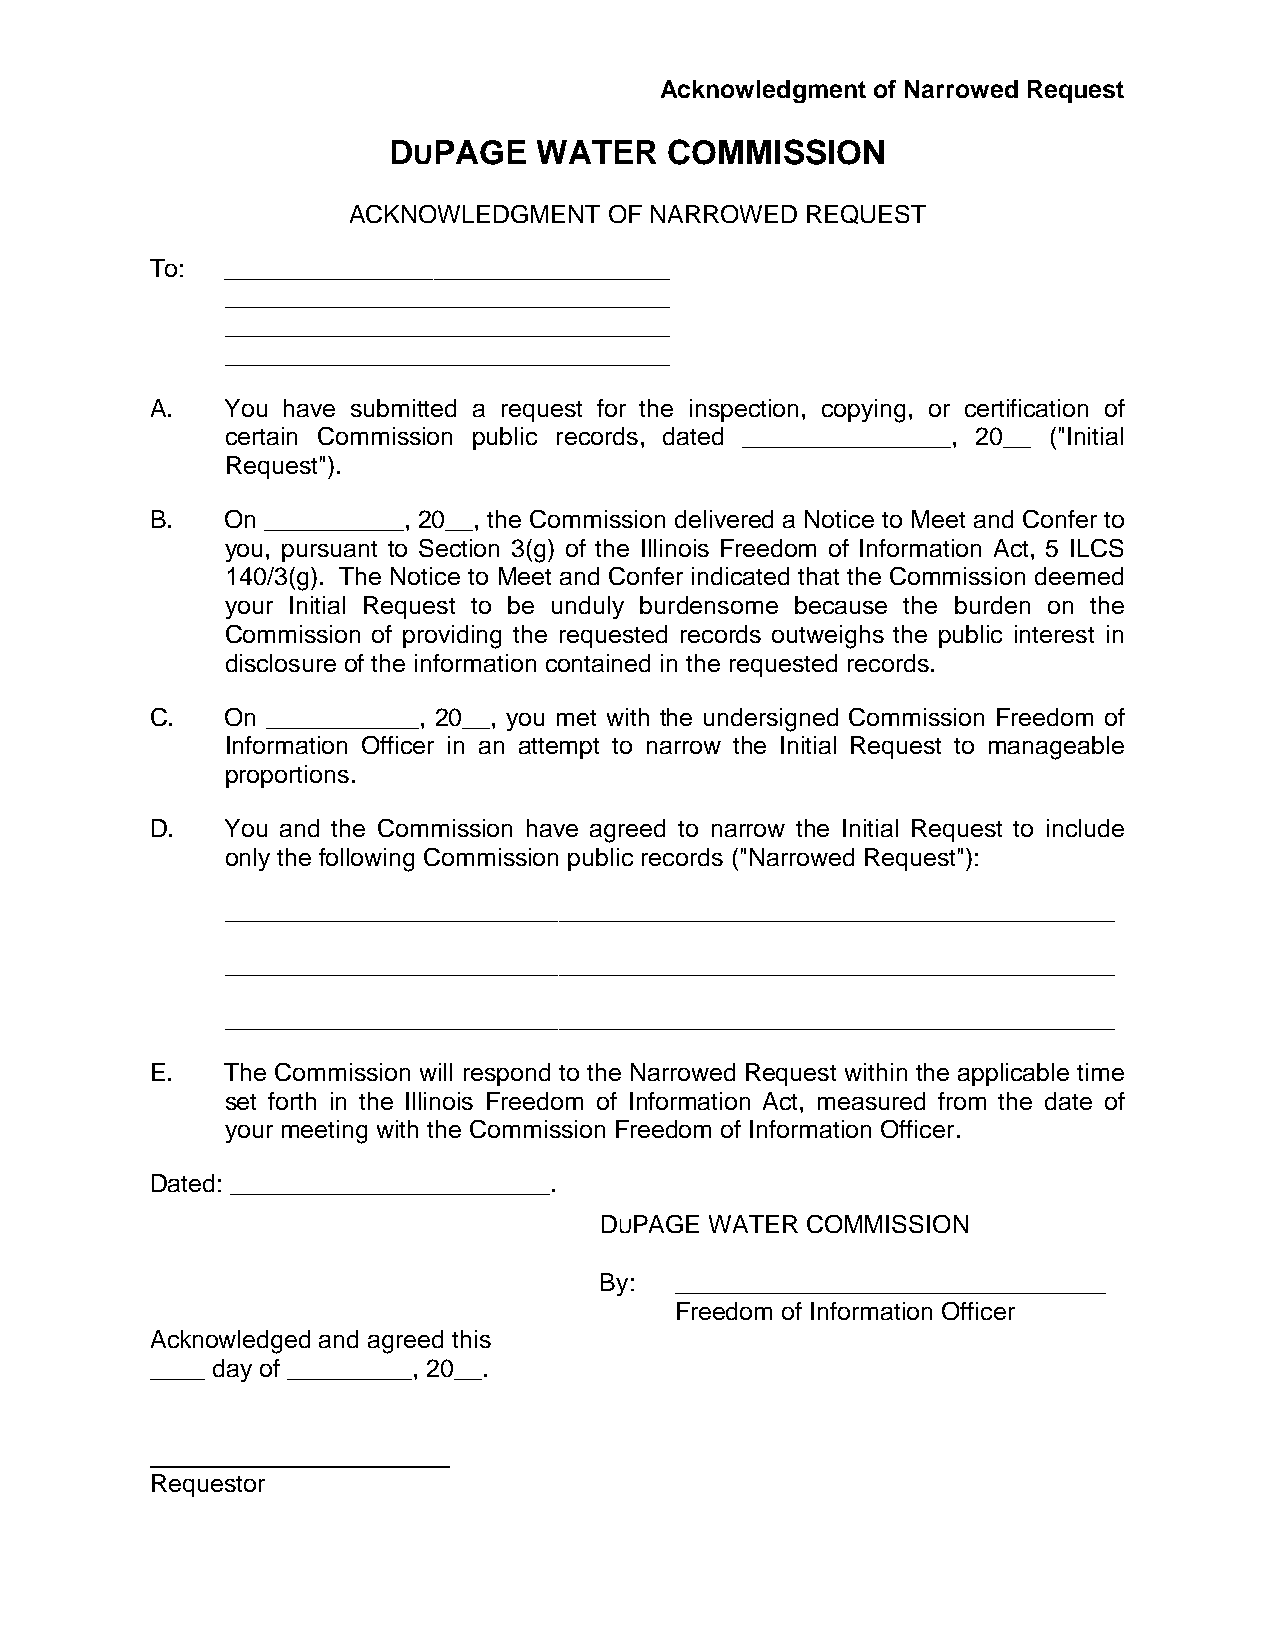
Acknowledgment of Narrowed Request
 DUPAGE    WATER   COMMISSION
 ACKNOWLEDGMENT   OF NARROWED  REQUEST
 To:  ________________________________
 ________________________________
 ________________________________
 ________________________________
 A.   You have submitted a request for the inspection, copying, or certification of
 certain Commission public records, dated _______________, 20__ ("Initial
 Request").
 B.   On __________, 20__, the Commission delivered a Notice to Meet and Confer to
 you, pursuant to Section 3(g) of the Illinois Freedom of Information Act, 5 ILCS
 140/3(g). The Notice to Meet and Confer indicated that the Commission deemed
 your Initial Request to be unduly burdensome because the burden on the
 Commission of providing the requested records outweighs the public interest in
 disclosure of the information contained in the requested records.
 C.   On ___________, 20__, you met with the undersigned Commission Freedom of
 Information Officer in an attempt to narrow the Initial Request to manageable
 proportions.
 D.   You and the Commission have agreed to narrow the Initial Request to include
 only the following Commission public records ("Narrowed Request"):
 ________________________________________________________________
 ________________________________________________________________
 ________________________________________________________________
 E.   The Commission will respond to the Narrowed Request within the applicable time
 set forth in the Illinois Freedom of Information Act, measured from the date of
 your meeting with the Commission Freedom of Information Officer.
 Dated: _______________________.
 DUPAGE WATER COMMISSION
 By:  _______________________________
 Freedom of Information Officer
 Acknowledged and agreed this
 ____ day of _________, 20__.
 Requestor